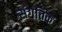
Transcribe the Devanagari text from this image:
संगतिक